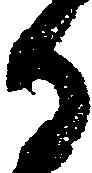
る